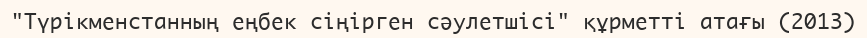
"Түрікменстанның еңбек сіңірген сәулетшісі" құрметті атағы (2013)